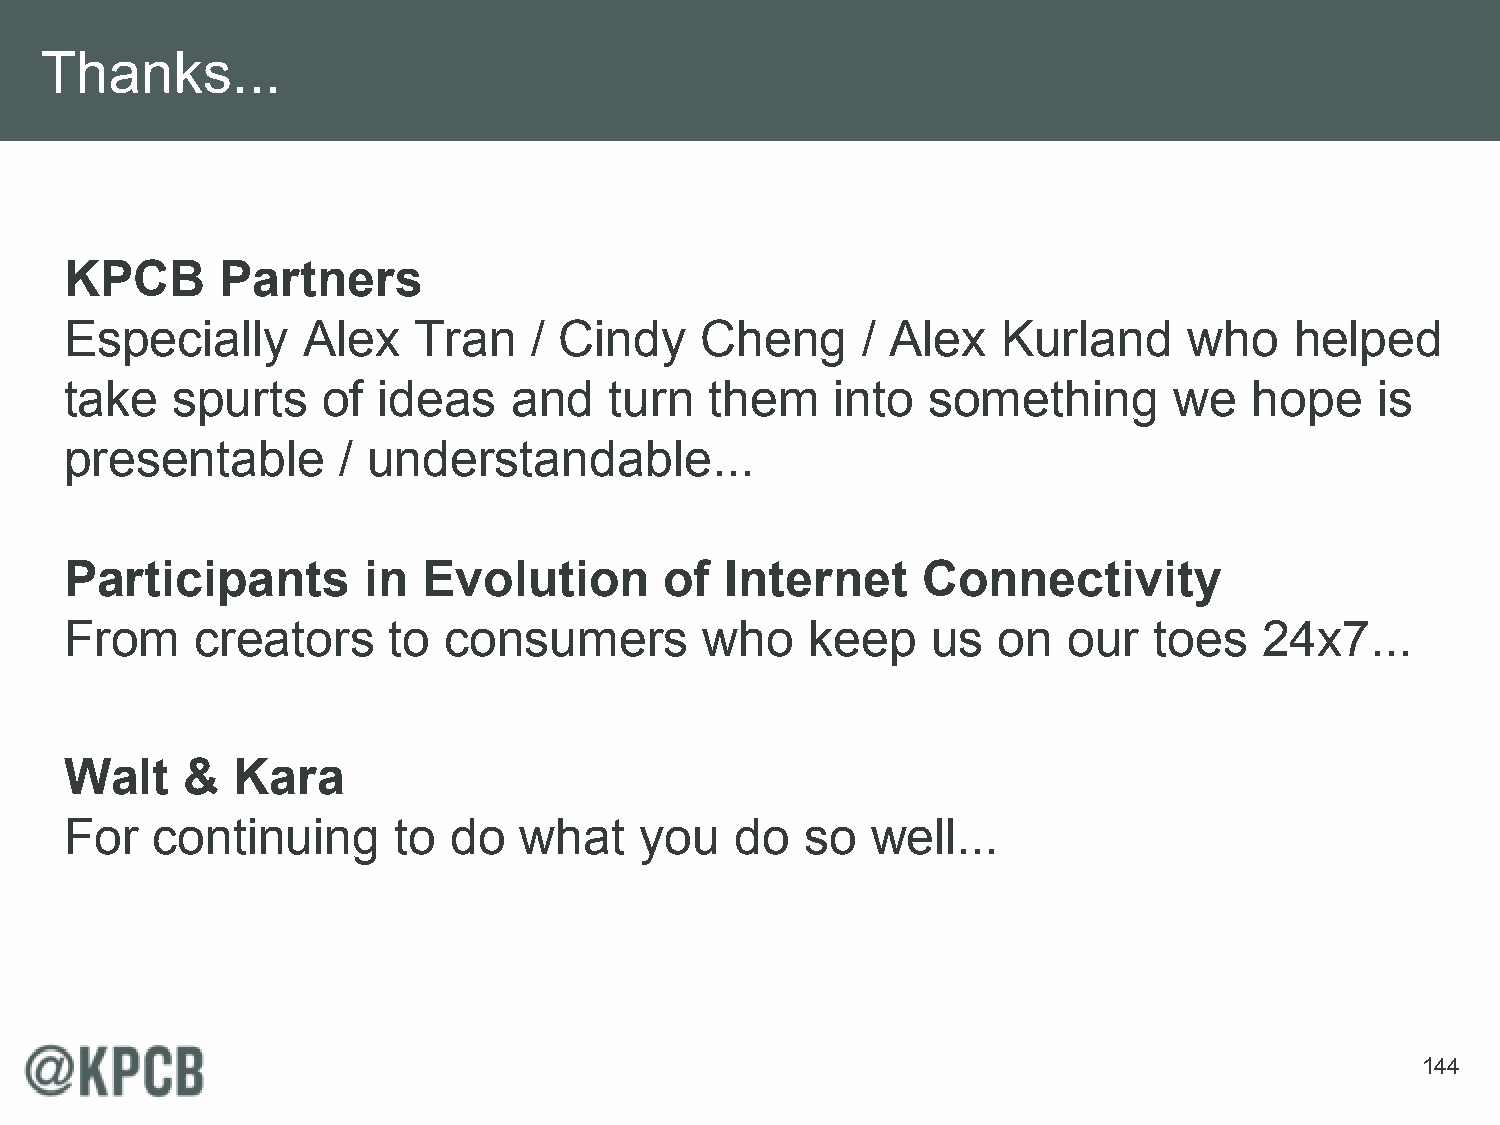
Thanks...
 KPCB       Partners
 Especially      Alex   Tran    / Cindy    Cheng      / Alex   Kurland      who    helped
 take   spurts    of  ideas    and   turn   them    into  something        we   hope    is
 presentable       / understandable...
 Participants        in  Evolution       of  Internet     Connectivity
 From     creators     to consumers         who    keep    us  on   our  toes    24x7...
 Walt    &  Kara
 For   continuing      to  do  what    you    do  so   well...
 144